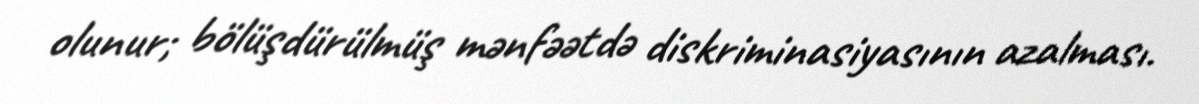
olunur; bölüşdürülmüş mənfəətdə diskriminasiyasının azalması.